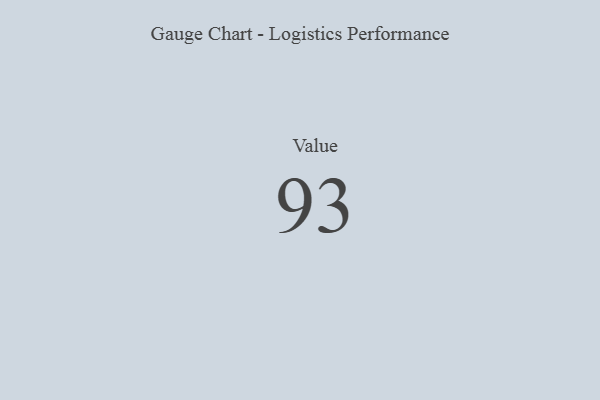
{"axis": {"x": "Metric", "y": "Value"}, "legend": [""], "data": [{"x": "Value", "y": 93, "type": ""}]}